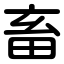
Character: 畜